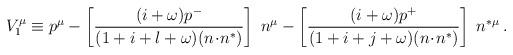
LaTeX: \begin{align*}V_1^{\mu} \equiv p^\mu - \left [\frac{(i+\omega)p^-}{(1+i+l+\omega)(n\!\cdot\!n^*)}\right ]\;n^\mu - \left [\frac{(i+\omega)p^+}{(1+i+j+\omega)(n\!\cdot\!n^*)}\right ]\;n^{*\mu}\:.\end{align*}